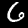
Label: 6